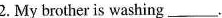
2. My brother is washing___.